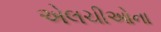
એલચીઓના